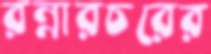
রন্নারচরের